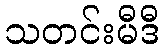
သတင်းမီဒီ